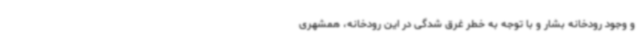
و وجود رودخانه بشار و با توجه به خطر غرق شدگی در این رودخانه، همشهری